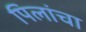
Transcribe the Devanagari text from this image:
पिलांचा